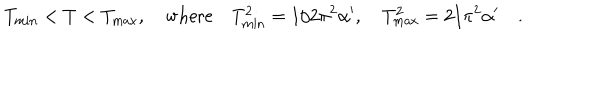
LaTeX: T _ { \mathrm { m i n } } < T < T _ { \mathrm { m a x } } , \quad \mathrm { w h e r e } \quad T _ { \mathrm { m i n } } ^ { 2 } = 1 / 2 \pi ^ { 2 } \alpha ^ { \prime } , \quad T _ { \mathrm { m a x } } ^ { 2 } = 2 / \pi ^ { 2 } \alpha ^ { \prime } \quad .